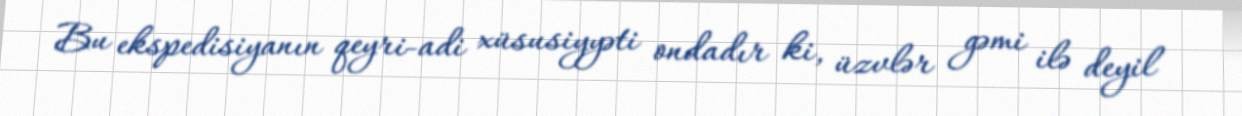
Bu ekspedisiyanın qeyri-adi xüsusiyyəti ondadır ki, üzvlər gəmi ilə deyil